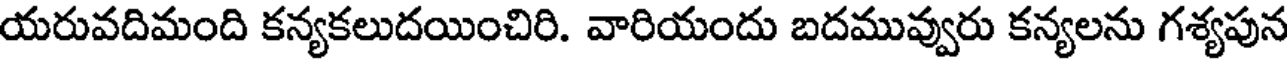
యరువదిమంది కన్యకలుదయించిరి. వారియందు బదమువ్వురు కన్యలను గశ్యపున